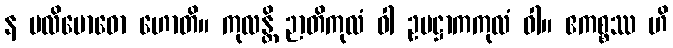
န ပလိဗောဓော ဟောတိ။ ကုလန္တိ ဉာတိကုလံ ဝါ ဥပဋ္ဌာကကုလံ ဝါ။ ဧကစ္စဿ ဟိ